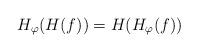
LaTeX: \begin{align*}H_\varphi(H(f))= H(H_\varphi(f))\end{align*}